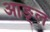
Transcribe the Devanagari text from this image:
आङ्ल